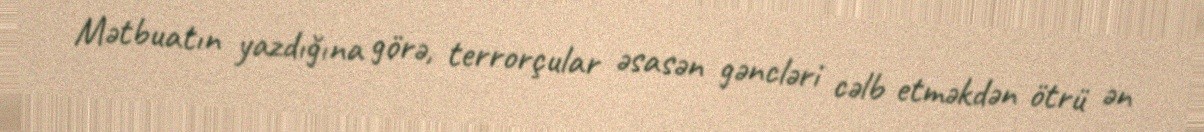
Mətbuatın yazdığına görə, terrorçular əsasən gəncləri cəlb etməkdən ötrü ən